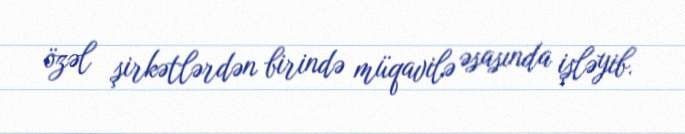
özəl şirkətlərdən birində müqavilə əsasında işləyib.